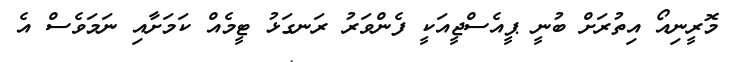
މޮރީނިއޯ އިތުރަށް ބުނީ ޕީއެސްޖީއަކީ ފެންވަރު ރަނގަޅު ޓީމެއް ކަމަށާއި ނަމަވެސް އެ